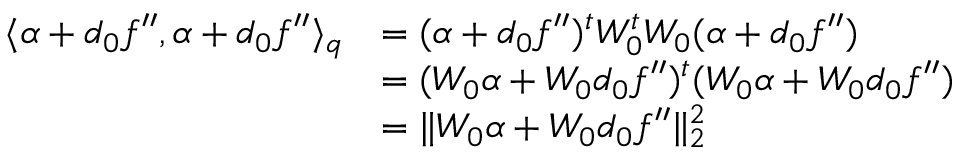
\begin{array} { r l } { \langle \alpha + d _ { 0 } f ^ { \prime \prime } , \alpha + d _ { 0 } f ^ { \prime \prime } \rangle _ { q } } & { = ( \alpha + d _ { 0 } f ^ { \prime \prime } ) ^ { t } W _ { 0 } ^ { t } W _ { 0 } ( \alpha + d _ { 0 } f ^ { \prime \prime } ) } \\ & { = ( W _ { 0 } \alpha + W _ { 0 } d _ { 0 } f ^ { \prime \prime } ) ^ { t } ( W _ { 0 } \alpha + W _ { 0 } d _ { 0 } f ^ { \prime \prime } ) } \\ & { = \| W _ { 0 } \alpha + W _ { 0 } d _ { 0 } f ^ { \prime \prime } \| _ { 2 } ^ { 2 } } \end{array}